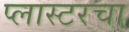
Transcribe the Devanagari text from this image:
प्लास्टरचा